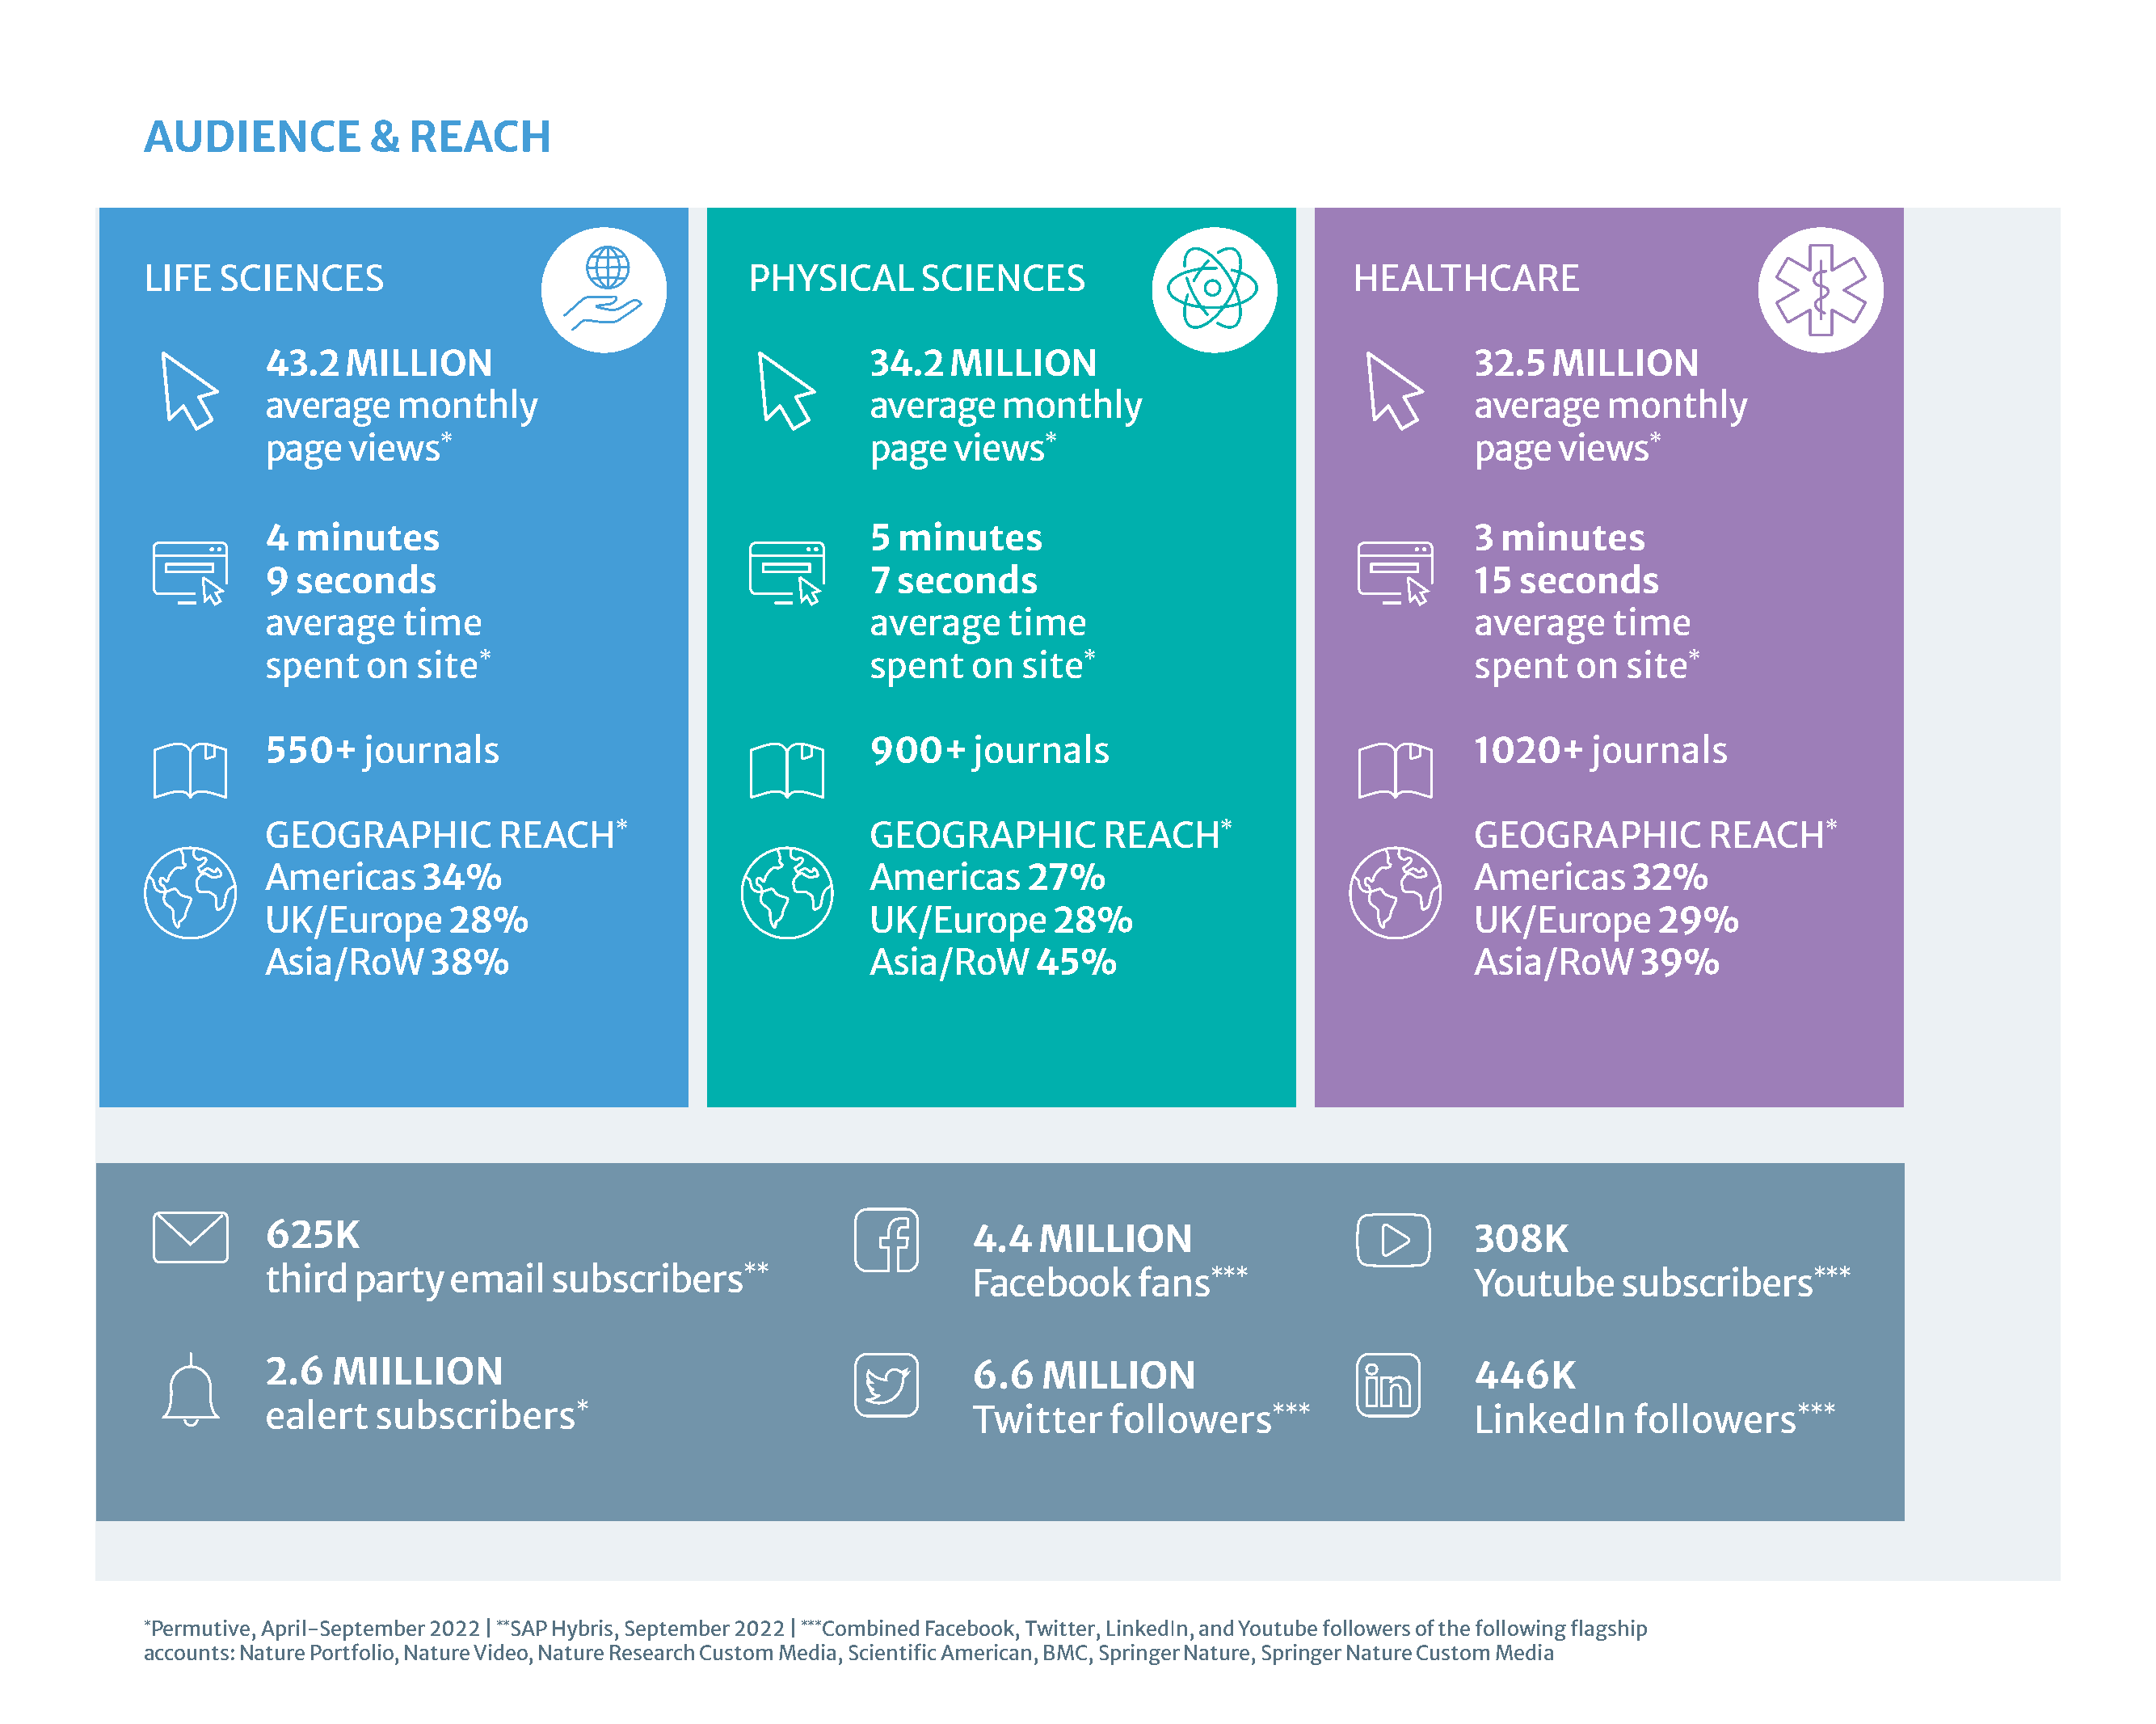
AUDIENCE          &  REACH
 LIFE  SCIENCES                                   PHYSICAL      SCIENCES                            HEALTHCARE
 43.2  MILLION                                    34.2   MILLION                                    32.5  MILLION
 average    monthly                               average    monthly                                average    monthly
 page   views*                                    page   views*                                     page   views*
 4 minutes                                        5  minutes                                        3 minutes
 9 seconds                                        7 seconds                                         15 seconds
 average    time                                  average     time                                  average    time
 spent   on  site*                                spent    on  site*                                spent   on  site*
 550+    journals                                 900+     journals                                 1020+    journals
 GEOGRAPHIC         REACH*                        GEOGRAPHIC         REACH*                         GEOGRAPHIC         REACH*
 Americas     34%                                 Americas     27%                                  Americas     32%
 UK/Europe      28%                               UK/Europe      28%                                UK/Europe      29%
 Asia/RoW     38%                                 Asia/RoW      45%                                 Asia/RoW     39%
                                         
 625K                                                      4.4  MILLION                             308K
 third  party   email   subscribers**                      Facebook     fans***                     Youtube     subscribers***
                                         
 2.6  MIILLION                                             6.6  MILLION                             446K
 ealert   subscribers*                                     Twitter    followers***                  LinkedIn     followers***
 *Permutive, April-September 2022 | **SAP Hybris, September 2022 | ***Combined Facebook, Twitter, LinkedIn, and Youtube followers of the following flagship
 accounts: Nature Portfolio, Nature Video, Nature Research Custom Media, Scientific American, BMC, Springer Nature, Springer Nature Custom Media